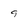
Character: 9